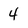
Character: 4